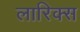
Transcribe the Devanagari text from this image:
लारिक्स